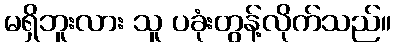
မရှိဘူးလား သူ ပခုံးတွန့်လိုက်သည်။